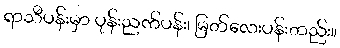
ရာသီပန်းမှာ ပုန်းညက်ပန်း၊ မြတ်လေးပန်းတည်း။